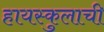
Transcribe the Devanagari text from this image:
हायस्कुलाची